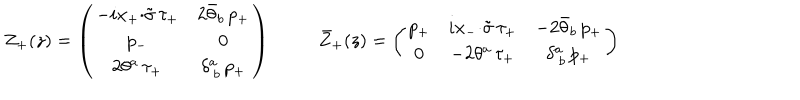
\begin{array} { c c } { { Z _ { + } ( z ) = \left( \begin{array} { c c } { { - i x _ { + } { \cdot \tilde { \sigma } } \, \tau _ { + } } } & { { 2 \bar { \theta } _ { b } \, p _ { + } } } \\ { { p _ { - } } } & { { 0 } } \\ { { 2 \theta ^ { a } \, \tau _ { + } } } & { { \delta _ { ~ b } ^ { a } \, p _ { + } } } \\ \end{array} \right) } } & { { \bar { Z } _ { + } ( z ) = \left( \begin{array} { c c c } { { p _ { + } } } & { { i x _ { - } { \cdot \tilde { \sigma } } \, \tau _ { + } } } & { { - 2 \bar { \theta } _ { b } \, p _ { + } } } \\ { { 0 } } & { { - 2 \theta ^ { a } \, \tau _ { + } } } & { { \delta _ { ~ b } ^ { a } \, p _ { + } } } \\ \end{array} \right) } } \\ \end{array}